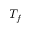
T _ { f }